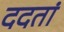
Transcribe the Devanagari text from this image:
ददतां